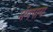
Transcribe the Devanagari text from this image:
मॅगपाय